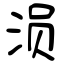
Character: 涢